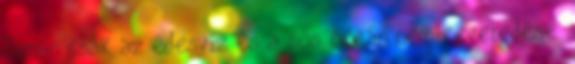
Simán csak az édesvíz és a sós óceán nem-keveredése.